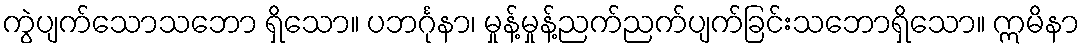
ကွဲပျက်သောသဘော ရှိသော။ ပဘင်္ဂုနာ၊ မှုန့်မှုန့်ညက်ညက်ပျက်ခြင်းသဘောရှိသော။ ဣမိနာ